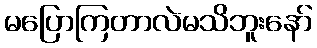
မပြောကြတာလဲမသိဘူးနော်